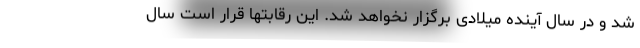
شد و در سال آینده میلادی برگزار نخواهد شد. این رقابتها قرار است سال